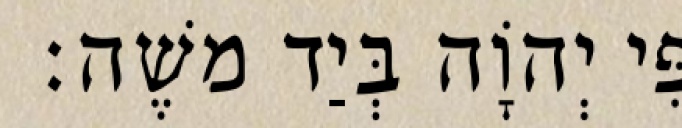
פִּי יְהוָֹה בְּיַד משֶׁה׃